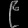
Digit: ၉